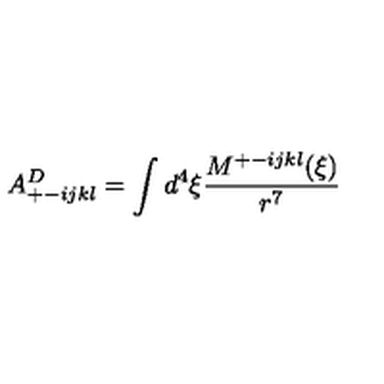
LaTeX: A _ { + - i j k l } ^ { D } = \int d ^ { 4 } \xi \frac { M ^ { + - i j k l } ( \xi ) } { r ^ { 7 } }